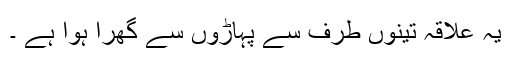
یہ علاقہ تینوں طرف سے پہاڑوں سے گھرا ہوا ہے ۔